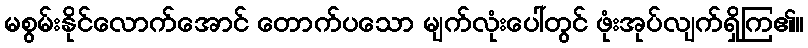
မစွမ်းနိုင်လောက်အောင် တောက်ပသော မျက်လုံးပေါ်တွင် ဖုံးအုပ်လျက်ရှိကြ၏။